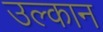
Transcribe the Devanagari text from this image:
उल्कान